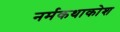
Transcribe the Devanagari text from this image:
नर्मकथाकोश